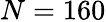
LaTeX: N=160